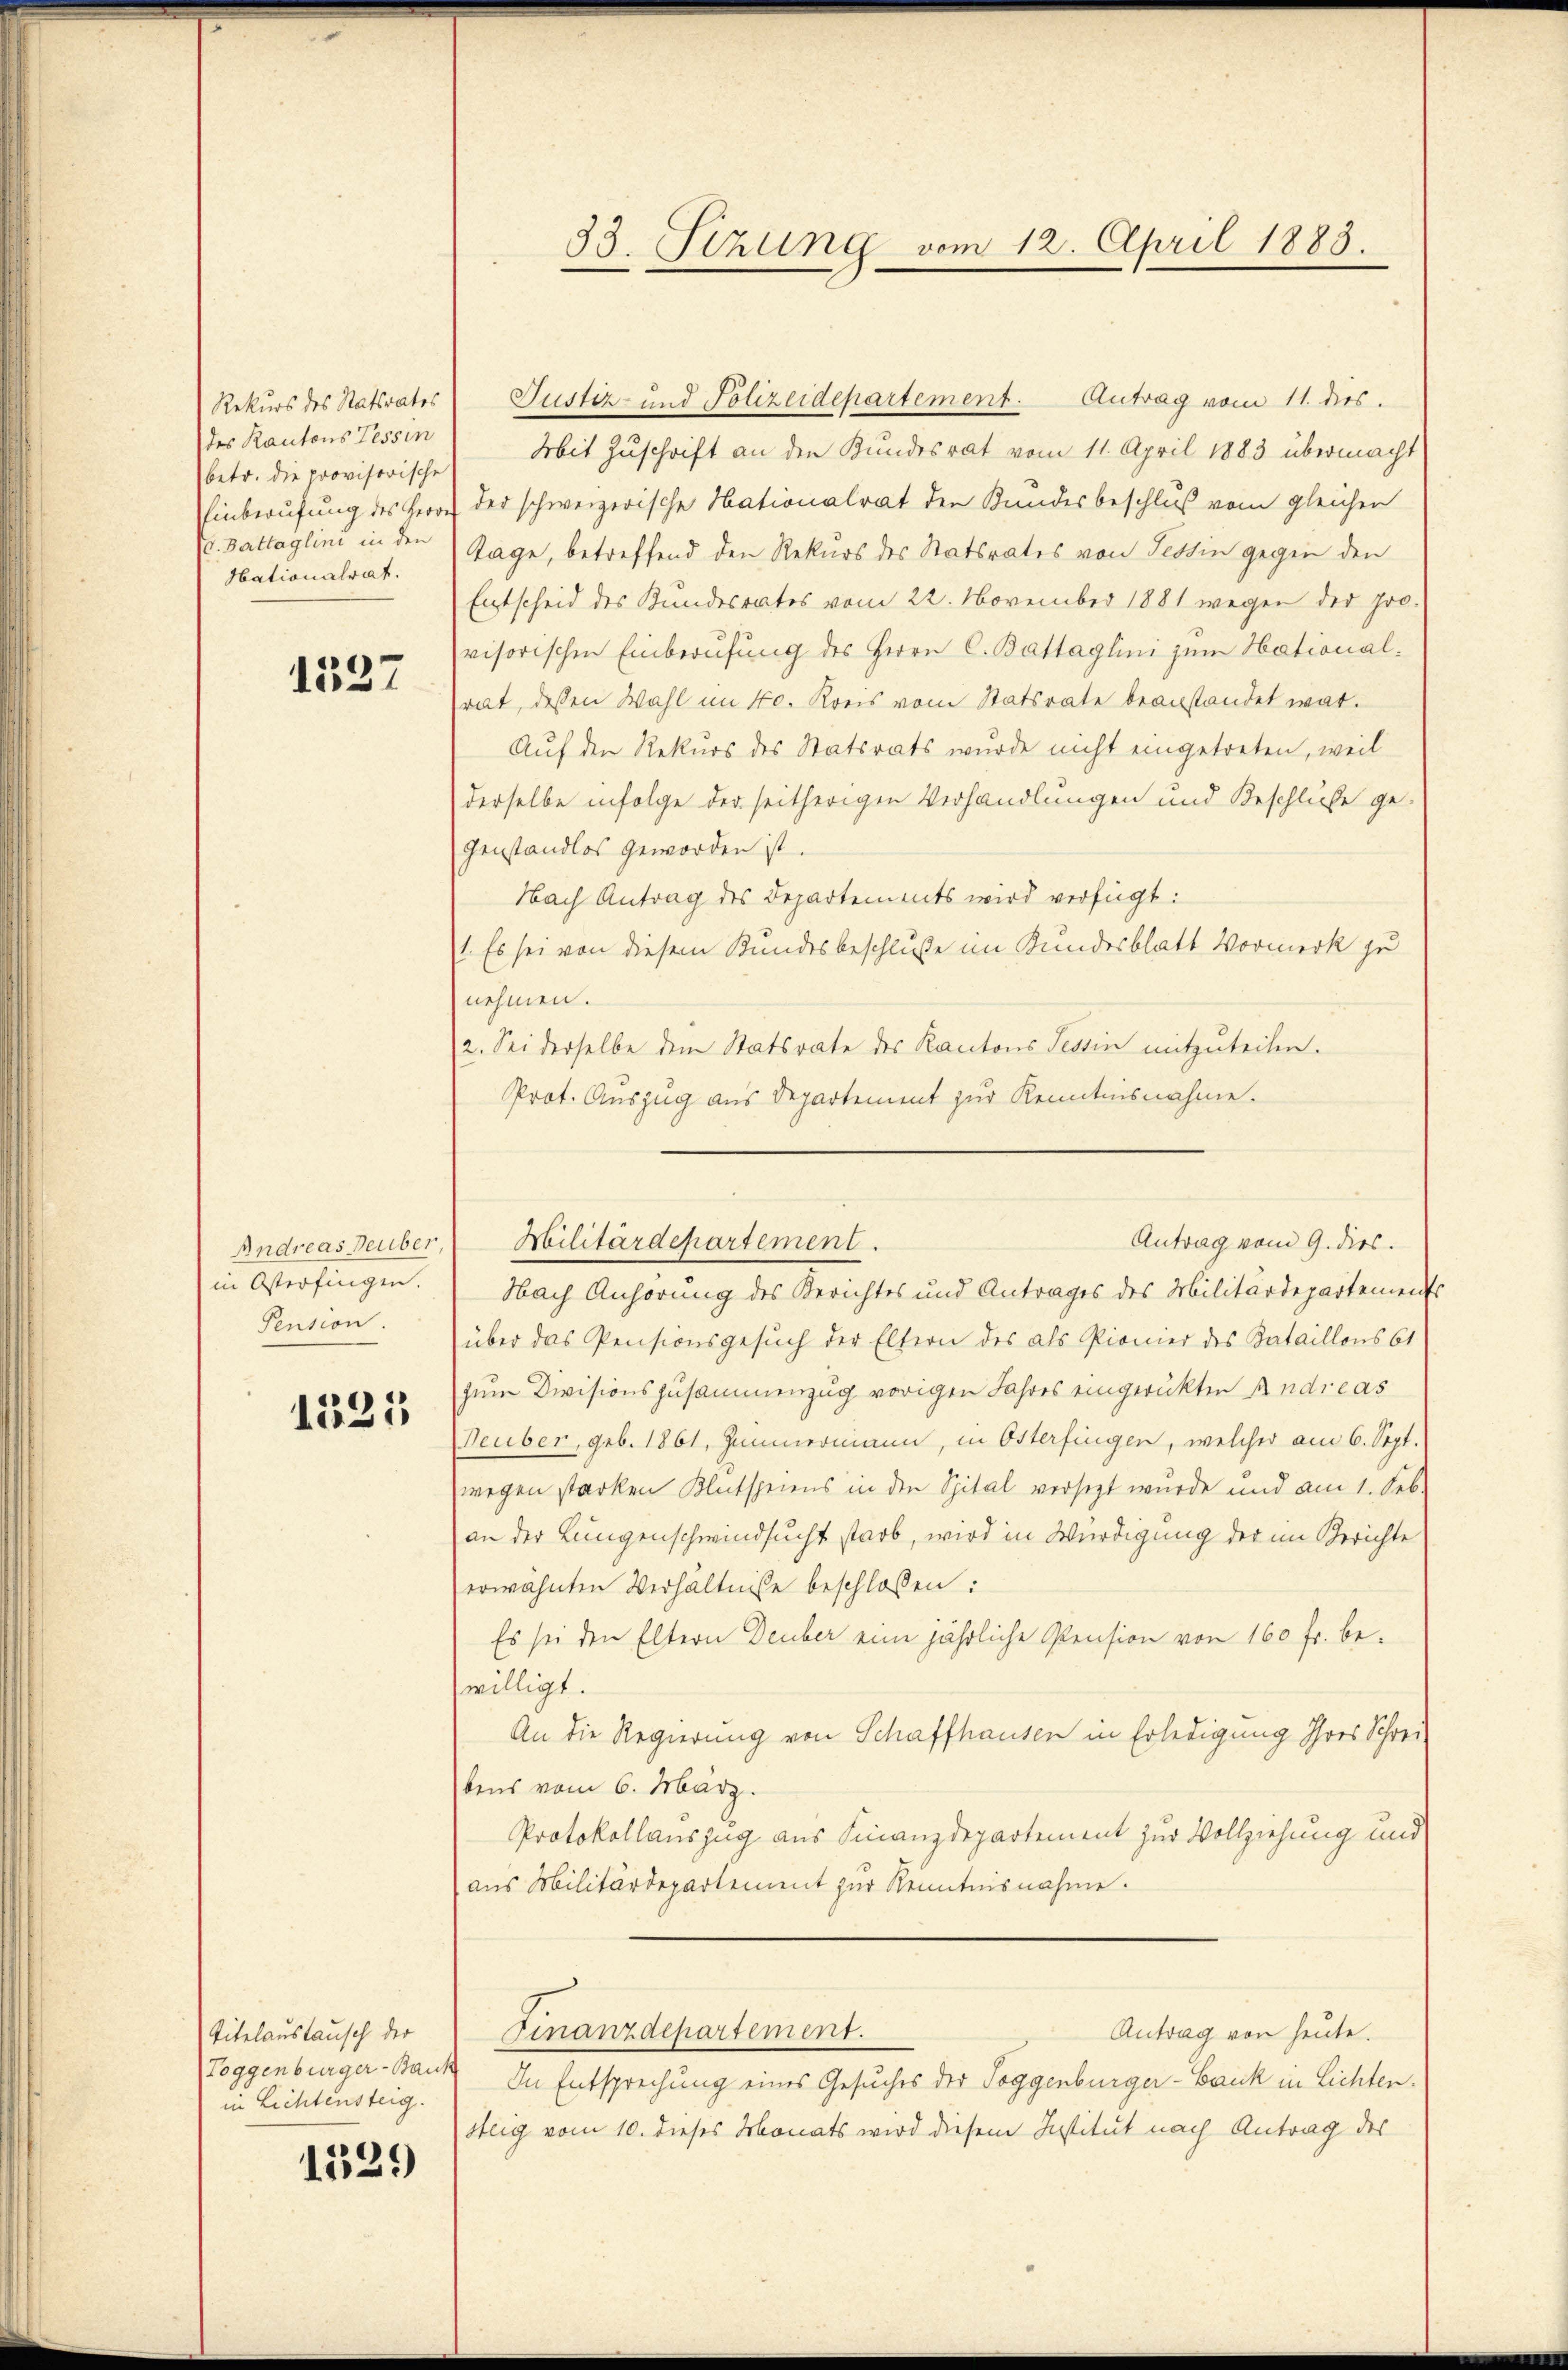
Rekurs des Statsrates
des Kantons Tessin
betr. die provisorische
Einberufung des Herrn
(v. Battaglini in den
Hationalrat.

1337

Andreas Deuber
in Österfingen.
Pension.

1525

Titelaustausch der
Toggenburger-Baus
in Lichtensteig.

1529

33. Sitzung vom 12. April 1883.

Mit Zuschrift an den Kundesrat vom 11. April 1883 übermacht
der schweizerische Hationalrat den Kundesbeschluß vom gleichen
Tage, betreffend den Rekurs des Statsrates von Tessin gegen den
Entscheid des Kundesrates vom 22. November 1881 wegen der pro-
visorischen Einberufung des Herrn C. Battaglini zum Hationalrat, dessen Wahl im 40. Kreis vom Statsrate beanstandet war.
Auf den Rekurs des Statsrats wurde nicht eingetreten, weil
derselbe infolge der seitherigen Verhandlungen und Beschlüße gegenstandlos geworden ist.
Nach Antrag des Departements wird verfügt:
1. Es sei von diesem Bundesbeschluße im Bundesblatt Vormerk zu
nehmen.
a. Sei derselbe dem Statsrate des Kantons Tessin mitzuteilen.
Prot. Auszug aus Departement zur Kenntnisnahme.
Nach Anhörung des Berichtes und Antrages des Militärdepartement
über das Pensionsgesuch der Eltern des als Pionier des Bataillons 61
zum Divisionszusammenzug vorigen Jahres eingerükten Andreas
Deuber, geb. 1861, Zimmermann, in Österfingen, welcher am 6. Sept.
wegen starken Klutspeiens in den Spital versetzt wurde und am 1. Seb.
an der Lungenschwindsucht starb, wird in Würdigung der im Berichte
erwähnten Verhältnisse beschlossen:
Es sei den Eltern Deuber eine jährliche Pension von 160 fr. bewilligt.
An die Regierung von Schaffhausen in Erledigung Ihres Schrei-
bens vom 6. März.
Protokollauszug aus Finanzdepartement zur Vollziehung und
aus Militärdepartement zur Kenntnisnahme.
Antrag von heute.
Finanzdepartement.
In Entsprechung eines Gesuches der Toggenburger-Bank in Lichten.
steig vom 10. dieses Monats wird diesem Institut nach Antrag des

Justiz- und Polizeidepartement. Antrag vom 11. dies.

Antrag vom 9. dies.
Militärdepartement.